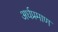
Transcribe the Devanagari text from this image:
अर्धप्रमाण